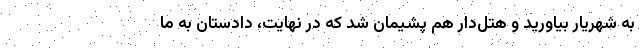
به شهریار بیاورید و هتل‌دار هم پشیمان شد که در نهایت، دادستان به ما